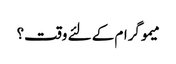
میموگرام کے لئے وقت؟